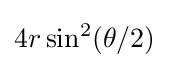
4r\sin ^{2}(\theta /2)